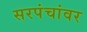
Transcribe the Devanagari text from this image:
सरपंचांवर